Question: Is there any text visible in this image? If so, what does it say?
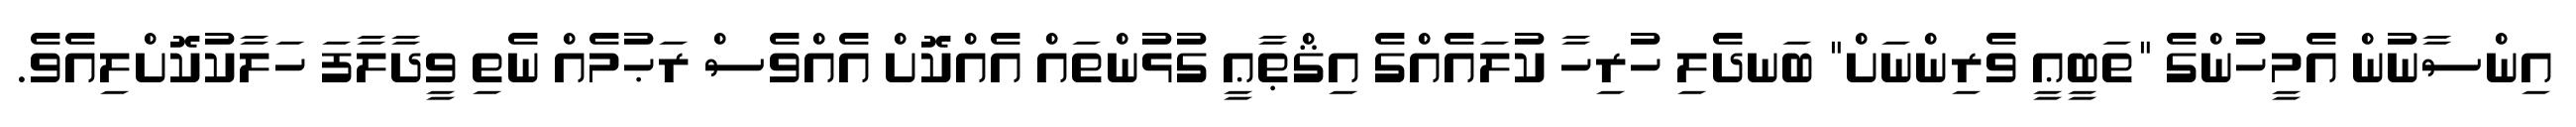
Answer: އިންސާނުން އެމީހުންގެ "ތަބީޢީ ވެރިންނަށް" ބަނދެލި ހުރިހާ ކުލައެއްގެ އިޤްޠާޢީ ގުޅުންތައް އެއްކޮށް އެއްވެސް ރަޙުމެއް ނެތި ވީދާލާފަ ހަލާކުކޮށްލިއެވެ.